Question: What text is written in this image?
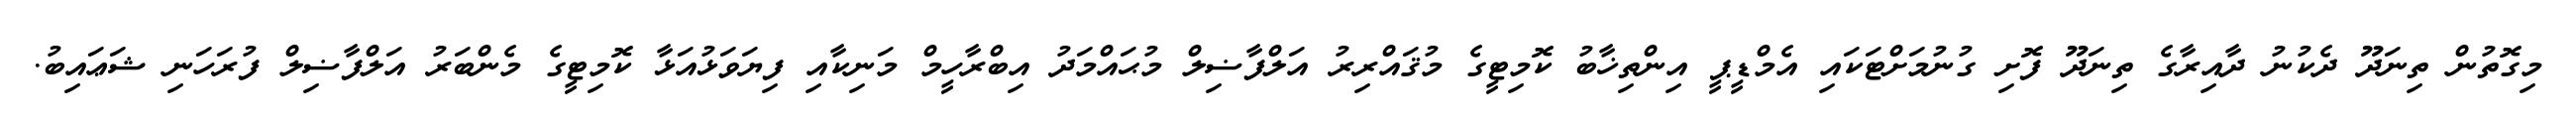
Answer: މިގޮތުން ތިނަދޫ ދެކުނު ދާއިރާގެ ތިނަދޫ ފޮށި ގުނުމަށްޓަކައި އެމްޑީޕީ އިންތިޚާބު ކޮމިޓީގެ މުޤައްރިރު އަލްފާޟިލް މުޙައްމަދު އިބްރާހީމް މަނިކާއި ފިޔަވަޅުއަޅާ ކޮމިޓީގެ މެންބަރު އަލްފާޟިލް ފުރަހަނި ޝަޢައިބު.